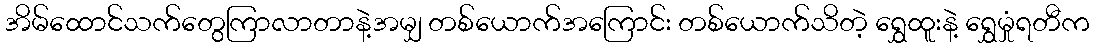
အိမ်ထောင်သက်တွေကြာလာတာနဲ့အမျှ တစ်ယောက်အကြောင်း တစ်ယောက်သိတဲ့ ရွှေထူးနဲ့ ရွှေမှုံရတီက